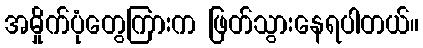
အမှိုက်ပုံတွေကြားက ဖြတ်သွားနေရပါတယ်။